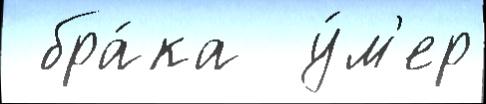
 бра́ка  у́м'ер